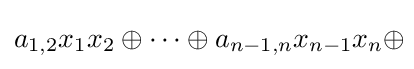
a_{1,2}x_{1}x_{2}\oplus \cdots \oplus a_{n-1,n}x_{n-1}x_{n}\oplus \!